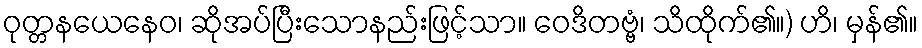
ဝုတ္တနယေနေဝ၊ ဆိုအပ်ပြီးသောနည်းဖြင့်သာ။ ဝေဒိတဗ္ဗံ၊ သိထိုက်၏။) ဟိ၊ မှန်၏။